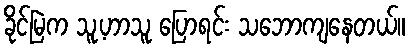
ခိုင်မြဲက သူ့ဟာသူ ပြောရင်း သဘောကျနေတယ်။